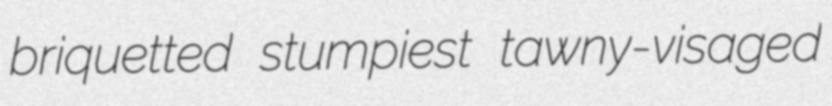
briquetted stumpiest tawny-visaged